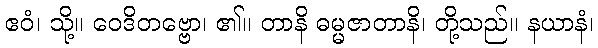
ဧဝံ၊ သို့။ ဝေဒိတဗ္ဗော၊ ၏။ တာနိ ဓမ္မဇာတာနိ၊ တို့သည်။ နယာနံ၊